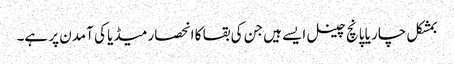
بمشکل چار یا پانچ چینل ایسے ہیں جن کی بقا کا انحصار میڈیا کی آمدن پر ہے۔